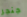
جنجر